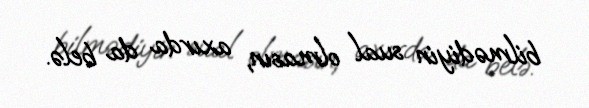
bilmədiyin sual olmasın, axırda da belə.